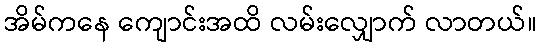
အိမ်ကနေ ကျောင်းအထိ လမ်းလျှောက် လာတယ်။